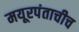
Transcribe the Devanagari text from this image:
मयूरपंताचीच